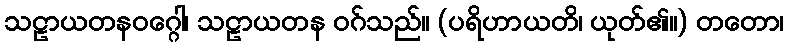
သဠာယတနဝဂ္ဂေါ၊ သဠာယတန ဝဂ်သည်။ (ပရိဟာယတိ၊ ယုတ်၏။) တတော၊